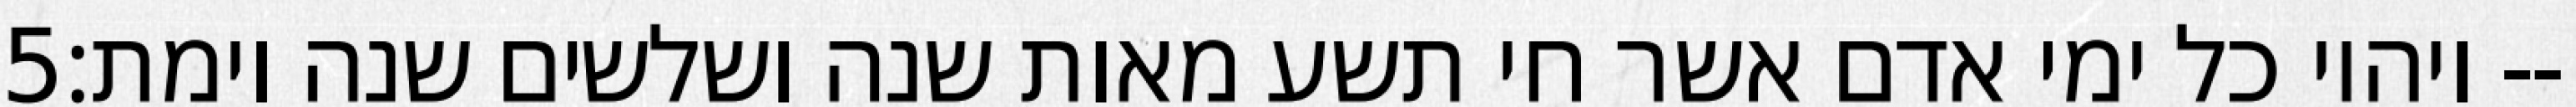
‎5‏ ויהיו כל ימי אדם אשר חי תשע מאות שנה ושלשים שנה וימת׃--